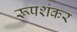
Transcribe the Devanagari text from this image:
रूपशंकर